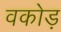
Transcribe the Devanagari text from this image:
वकोड़